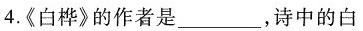
4.《白桦)的作者是___，诗中的白